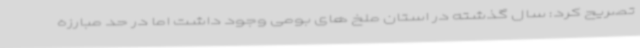
تصریح کرد: سال گذشته در استان ملخ های بومی وجود داشت اما در حد مبارزه